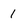
Character: 1